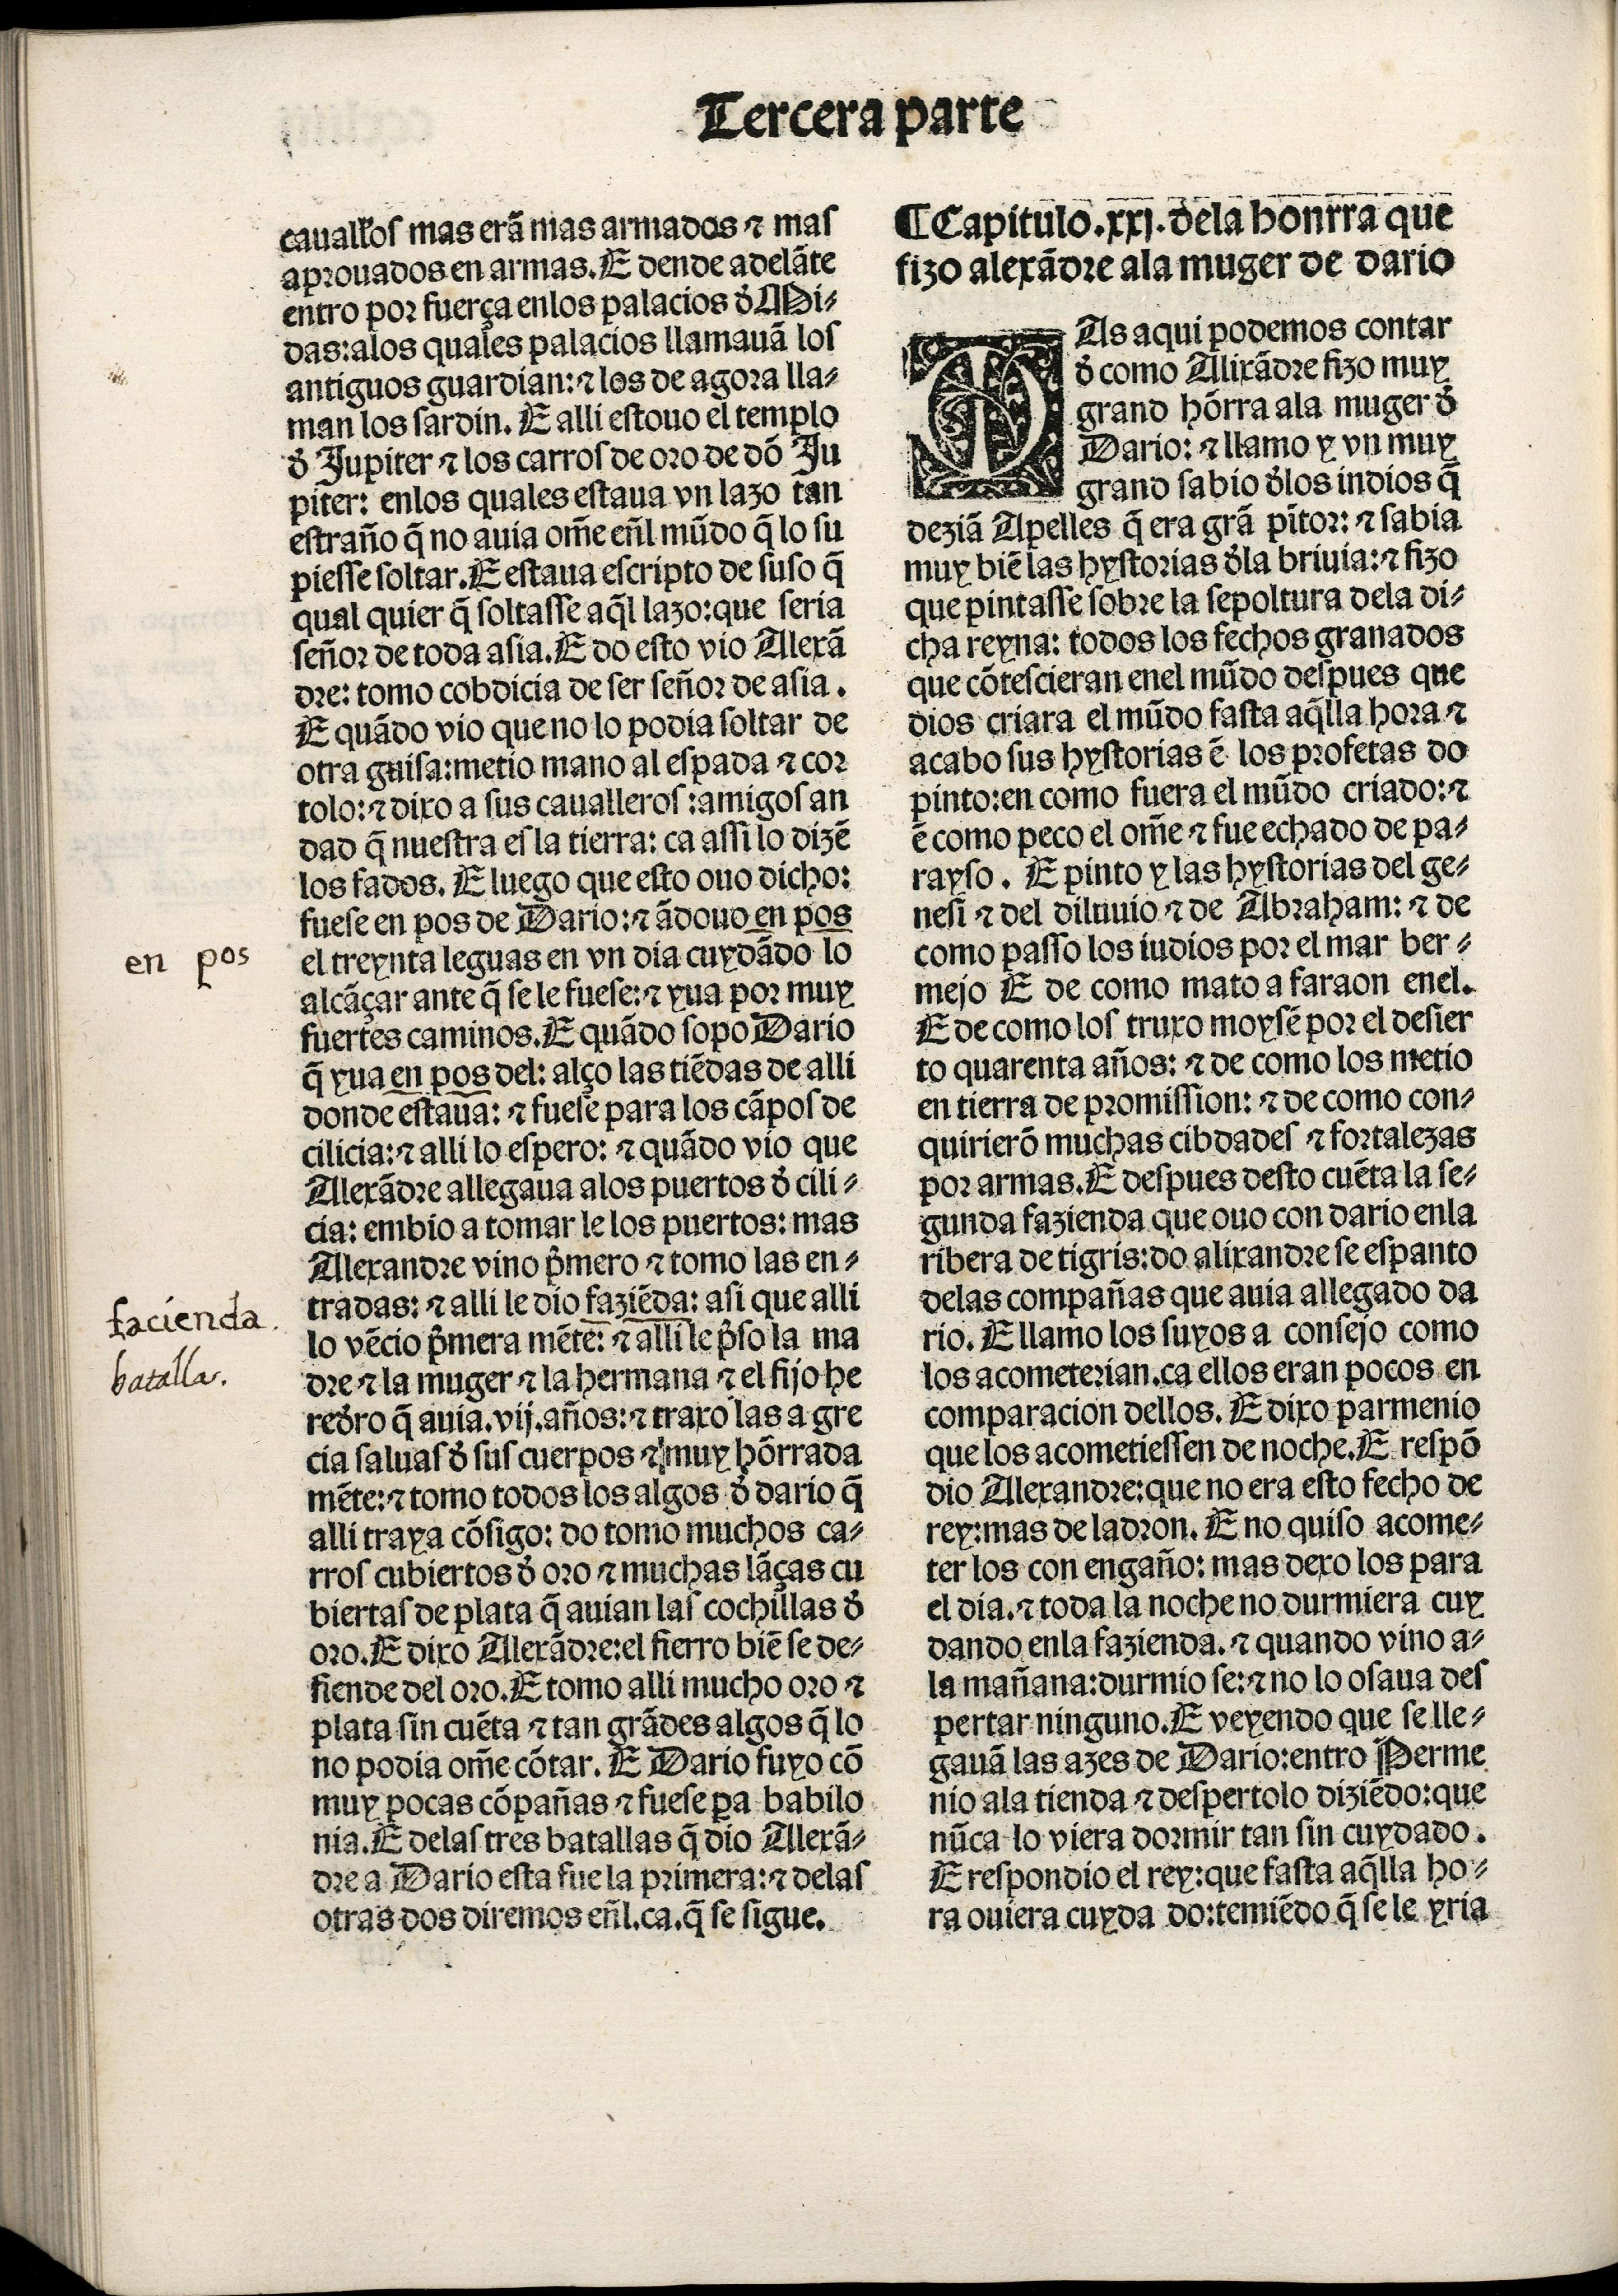
Shelfmark: Madrid, BNE, Inc. 901
Century: 15